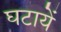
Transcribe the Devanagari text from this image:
घटायें